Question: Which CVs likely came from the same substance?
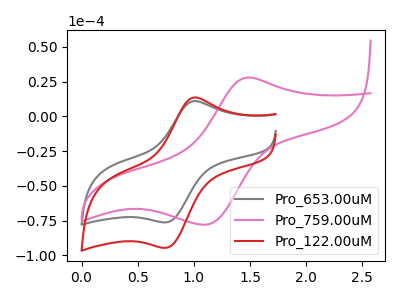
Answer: <think>The gray curve "Pro_653.00uM" has an anodic peak at (1.00V, 10.75uA) and a cathodic peak at (0.75V, -76.30uA). The pink curve "Pro_759.00uM" has an anodic peak at (1.50V, 27.90uA) and a cathodic peak at (1.10V, -78.05uA). The red curve "Pro_122.00uM" has an anodic peak at (1.00V, 13.30uA) and a cathodic peak at (0.75V, -94.60uA).
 "Pro_653.00uM" and "Pro_759.00uM" have at least one peak that do not match. All the peaks in "Pro_653.00uM" have a peak in "Pro_122.00uM" at the same potential. Every peak in "Pro_653.00uM" is lower than every peak in "Pro_122.00uM". "Pro_759.00uM" and "Pro_122.00uM" have at least one peak that do not match.</think>
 <answer>"Pro_653.00uM" and "Pro_122.00uM" have the same shape and are likely CV's of the same chemical.</answer>
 <eval>"Pro_653.00uM" "Pro_122.00uM"</eval>